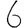
Digit: 6